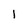
Character: 1